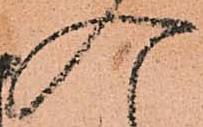
入